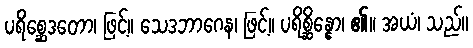
ပရိစ္ဆေဒတော၊ ဖြင့်။ သေဒဘာဂေန၊ ဖြင့်။ ပရိစ္ဆိန္နော၊ ၏။ အယံ၊ သည်။